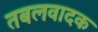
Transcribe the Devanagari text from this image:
तबलवादक